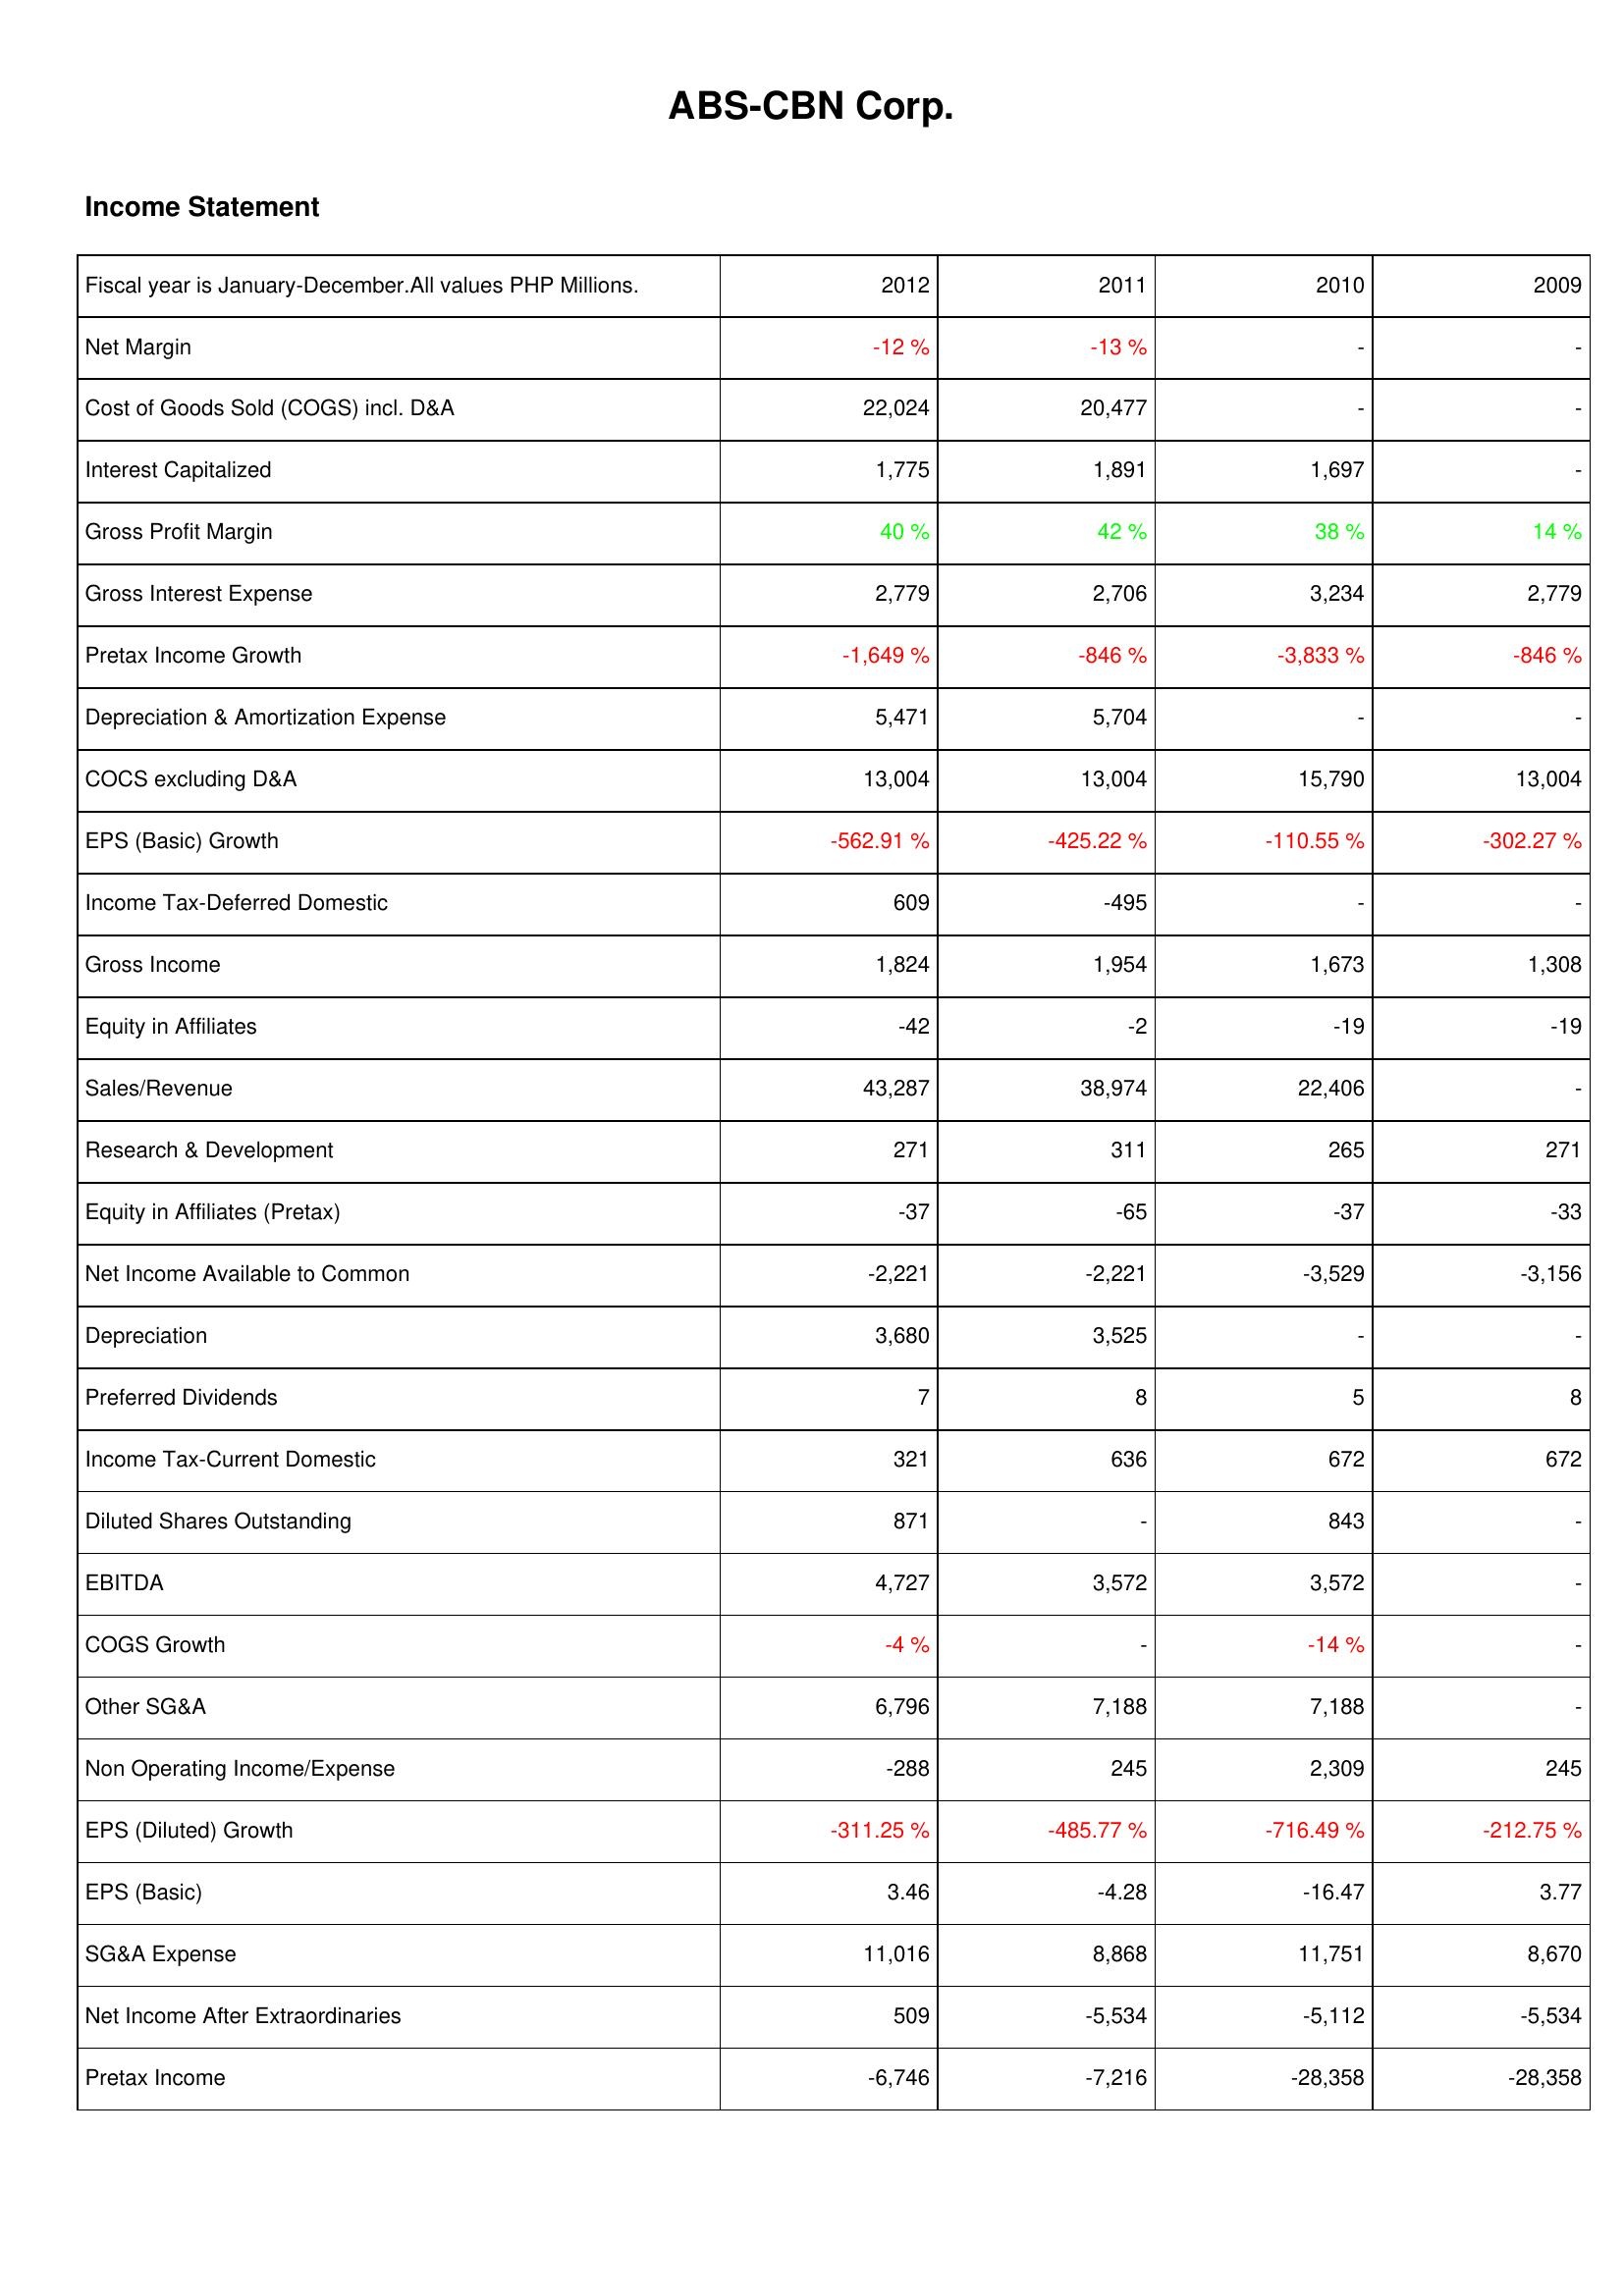
2012: Income Statement: Net Margin: -12 %
Cost of Goods Sold (COGS) incl. D&A: 22,024
Interest Capitalized: 1,775
Gross Profit Margin: 40 %
Gross Interest Expense: 2,779
Pretax Income Growth: -1,649 %
Depreciation & Amortization Expense: 5,471
COCS excluding D&A: 13,004
EPS (Basic) Growth: -562.91 %
Income Tax-Deferred Domestic: 609
Gross Income: 1,824
Equity in Affiliates: -42
Sales/Revenue: 43,287
Research & Development: 271
Equity in Affiliates (Pretax): -37
Net Income Available to Common: -2,221
Depreciation: 3,680
Preferred Dividends: 7
Income Tax-Current Domestic: 321
Diluted Shares Outstanding: 871
EBITDA: 4,727
COGS Growth: -4 %
Other SG&A: 6,796
Non Operating Income/Expense: -288
EPS (Diluted) Growth: -311.25 %
EPS (Basic): 3.46
SG&A Expense: 11,016
Net Income After Extraordinaries: 509
Pretax Income: -6,746
2011: Income Statement: Net Margin: -13 %
Cost of Goods Sold (COGS) incl. D&A: 20,477
Interest Capitalized: 1,891
Gross Profit Margin: 42 %
Gross Interest Expense: 2,706
Pretax Income Growth: -846 %
Depreciation & Amortization Expense: 5,704
COCS excluding D&A: 13,004
EPS (Basic) Growth: -425.22 %
Income Tax-Deferred Domestic: -495
Gross Income: 1,954
Equity in Affiliates: -2
Sales/Revenue: 38,974
Research & Development: 311
Equity in Affiliates (Pretax): -65
Net Income Available to Common: -2,221
Depreciation: 3,525
Preferred Dividends: 8
Income Tax-Current Domestic: 636
Diluted Shares Outstanding: -
EBITDA: 3,572
COGS Growth: -
Other SG&A: 7,188
Non Operating Income/Expense: 245
EPS (Diluted) Growth: -485.77 %
EPS (Basic): -4.28
SG&A Expense: 8,868
Net Income After Extraordinaries: -5,534
Pretax Income: -7,216
2010: Income Statement: Net Margin: -
Cost of Goods Sold (COGS) incl. D&A: -
Interest Capitalized: 1,697
Gross Profit Margin: 38 %
Gross Interest Expense: 3,234
Pretax Income Growth: -3,833 %
Depreciation & Amortization Expense: -
COCS excluding D&A: 15,790
EPS (Basic) Growth: -110.55 %
Income Tax-Deferred Domestic: -
Gross Income: 1,673
Equity in Affiliates: -19
Sales/Revenue: 22,406
Research & Development: 265
Equity in Affiliates (Pretax): -37
Net Income Available to Common: -3,529
Depreciation: -
Preferred Dividends: 5
Income Tax-Current Domestic: 672
Diluted Shares Outstanding: 843
EBITDA: 3,572
COGS Growth: -14 %
Other SG&A: 7,188
Non Operating Income/Expense: 2,309
EPS (Diluted) Growth: -716.49 %
EPS (Basic): -16.47
SG&A Expense: 11,751
Net Income After Extraordinaries: -5,112
Pretax Income: -28,358
2009: Income Statement: Net Margin: -
Cost of Goods Sold (COGS) incl. D&A: -
Interest Capitalized: -
Gross Profit Margin: 14 %
Gross Interest Expense: 2,779
Pretax Income Growth: -846 %
Depreciation & Amortization Expense: -
COCS excluding D&A: 13,004
EPS (Basic) Growth: -302.27 %
Income Tax-Deferred Domestic: -
Gross Income: 1,308
Equity in Affiliates: -19
Sales/Revenue: -
Research & Development: 271
Equity in Affiliates (Pretax): -33
Net Income Available to Common: -3,156
Depreciation: -
Preferred Dividends: 8
Income Tax-Current Domestic: 672
Diluted Shares Outstanding: -
EBITDA: -
COGS Growth: -
Other SG&A: -
Non Operating Income/Expense: 245
EPS (Diluted) Growth: -212.75 %
EPS (Basic): 3.77
SG&A Expense: 8,670
Net Income After Extraordinaries: -5,534
Pretax Income: -28,358